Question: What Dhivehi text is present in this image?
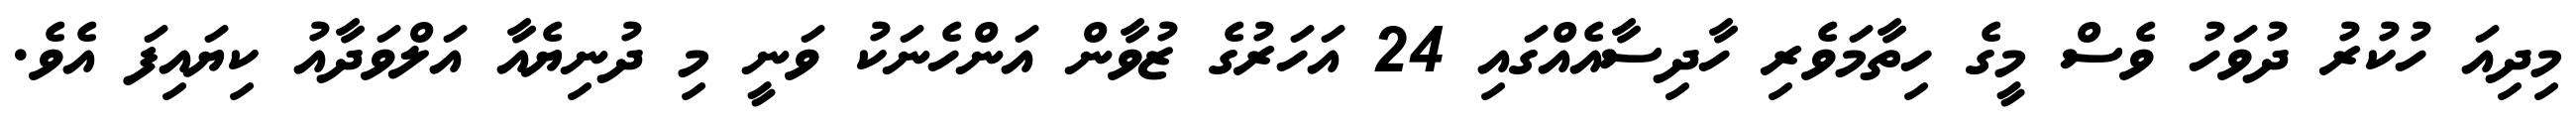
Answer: މިދިއަ ހުކުރު ދުވަހު ވެސް މީގެ ހިތާމަވެރި ހާދިސާއެއްގައި 24 އަހަރުގެ ޒުވާން އަންހެނަކު ވަނީ މި ދުނިޔެއާ އަލްވަދާއު ކިޔައިފަ އެވެ.